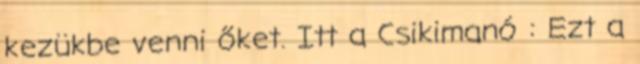
kezükbe venni őket. Itt a Csikimanó : Ezt a